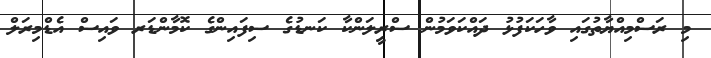
މި ރަސްމިއްޔާތުގައި ވާހަކަފުޅު ދައްކަވަމުން ސްރީލަންކާ ކަނޑުގެ ސިފައިންގެ ކޮމާންޑަރ ވައިސް އެޑްމިރަލް